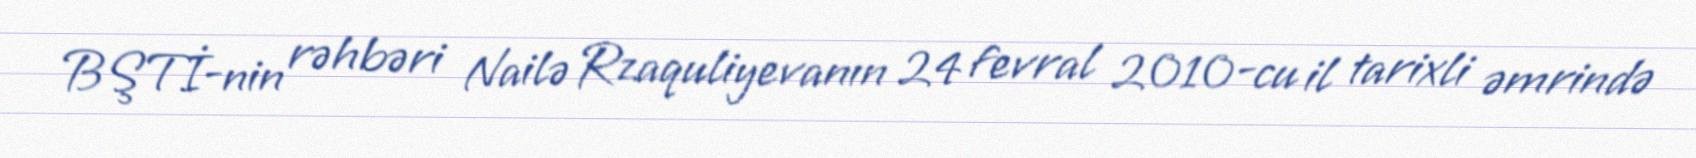
BŞTİ-nin rəhbəri Nailə Rzaquliyevanın 24 fevral 2010-cu il tarixli əmrində